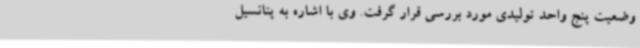
وضعیت پنج واحد تولیدی مورد بررسی قرار گرفت. وی با اشاره به پتانسیل